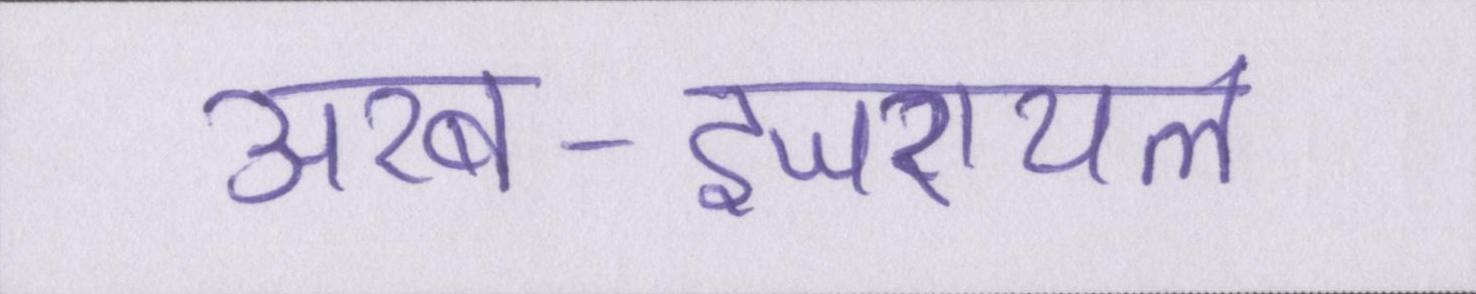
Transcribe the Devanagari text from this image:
अरब-इजरायल